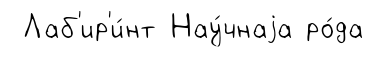
Лаб'ир'и́нт Нау́чнаjа ро́да